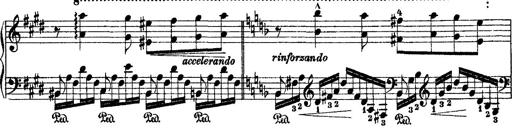
Title: 2 KonzertetÃ¼den
Composer: Franz Liszt